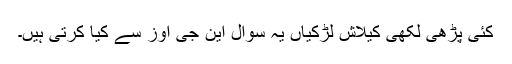
کئی پڑھی لکھی کیلاش لڑکیاں یہ سوال این جی اوز سے کیا کرتی ہیں۔